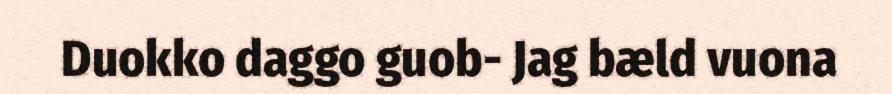
Duokko daggo guob- Jag bæld vuona